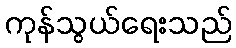
ကုန်သွယ်ရေးသည်